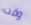
وقت